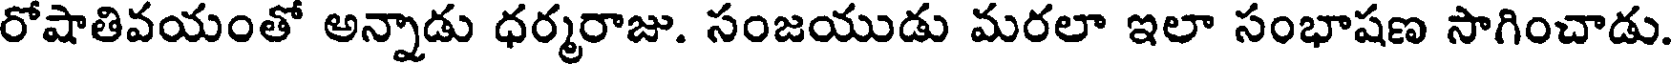
రోషాతివయంతో అన్నాడు ధర్మరాజు. సంజయుడు మరలా ఇలా సంభాషణ సాగించాడు.